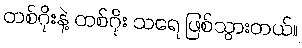
တစ်ဂိုးနဲ့ တစ်ဂိုး သရေ ဖြစ်သွားတယ်။